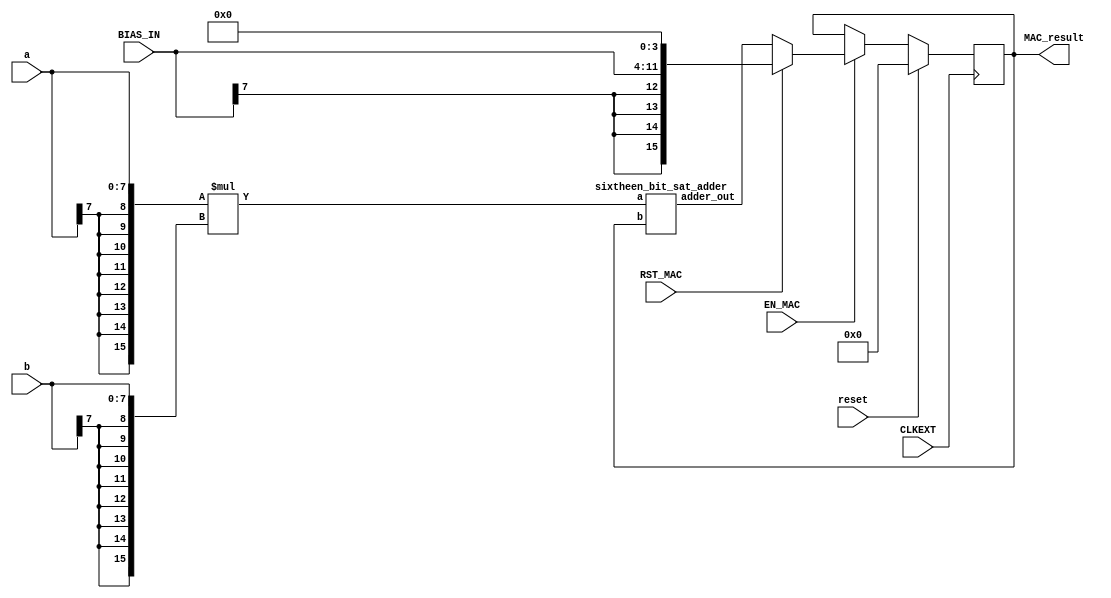
module MAC
(
	input [7:0] a,
	input [7:0] b,
	input reset,						//reset signal for resetting output to 0 (controlled by RST_GLO)
	input [7:0] BIAS_IN,
	input CLKEXT, EN_MAC, RST_MAC,
	output reg [15:0] MAC_result
); 

	// Declare registers and wires

	wire [15:0] old_result, adder_out, mult_result;
	
	sixtheen_bit_sat_adder adder1 (.a(mult_result),.b(old_result),.adder_out(adder_out));
	
	// Store the results of the operations on the current data
	
	assign mult_result = {{8{a[7]}},a[7:0]}*{{8{b[7]}},b[7:0]};	
	assign old_result = MAC_result;

	// Clear or update data, as appropriate
	always @ (posedge CLKEXT) begin
		if (reset) MAC_result<=0;

		else if (EN_MAC) begin
			if (RST_MAC) MAC_result <= {{4{BIAS_IN[7]}}, BIAS_IN, 4'b0};
			else         MAC_result <= adder_out;
		end
	end
endmodule



 module sixtheen_bit_sat_adder
(
	input [15:0] a, b,
	output reg [15:0] adder_out
);

	wire [16:0] temp;
	assign temp = {a[15],a} + {b[15],b};
	
	always @ (*) begin	

		case (temp[16:15]) 
			2'b00 : adder_out = temp[15:0];
			2'b01 : adder_out = 16'h7FFF;
			2'b10 : adder_out = 16'h8000;
			2'b11 : adder_out = temp[15:0];
		endcase
	end
	
endmodule